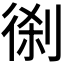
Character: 𠝨